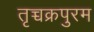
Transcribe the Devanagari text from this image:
तृच्चक्रपुरम